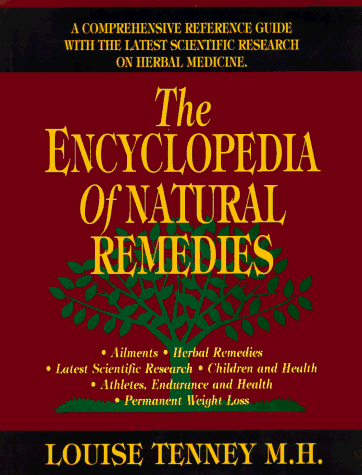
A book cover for Encyclopedia of Natural Remedies, The: A Comprehensive Refrence Guide with The Latest Scientific Research on Herbal Medicine; Louise Tenney MH; Health, Fitness & Dieting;